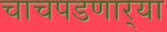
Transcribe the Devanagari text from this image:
चाचपडणार्‍या